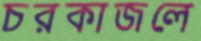
চরকাজলে